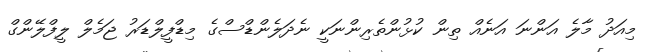
މިއަދު މާލެ އަންނަ އަނެއް ތިން ކުޅުންތެރިންނަކީ ނެދަލެންޑްސްގެ މިޑްފީލްޑަރު ޖަމެލް ލީފްލޭންގް